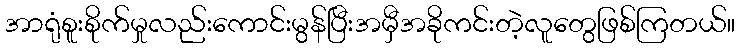
အာရုံစူးစိုက်မှုလည်းကောင်းမွန်ပြီးအမှီအခိုကင်းတဲ့လူတွေဖြစ်ကြတယ်။